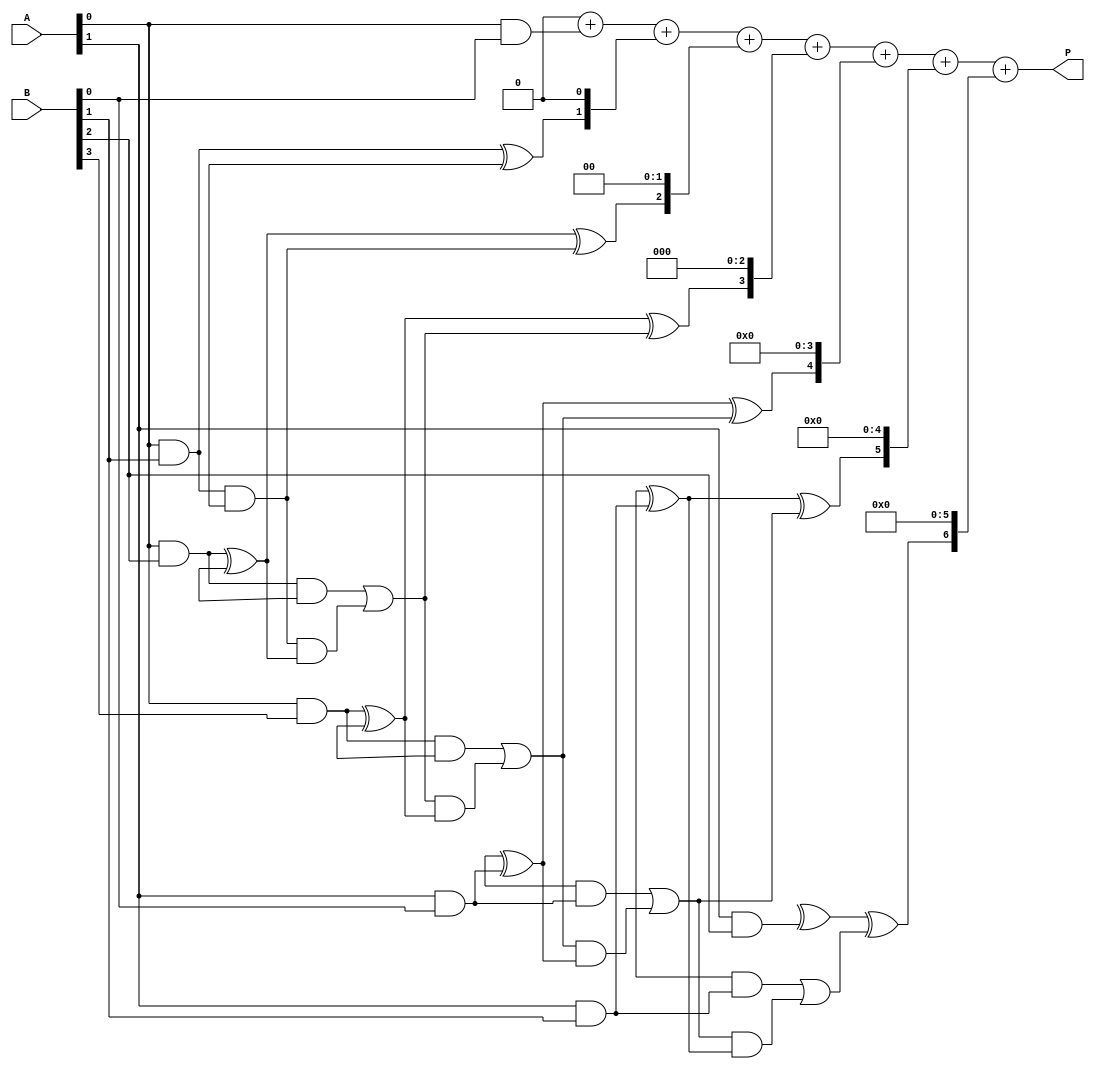
module async_wallace_tree_multiplier #(parameter A_WIDTH = 4, B_WIDTH = 4)(
    input [A_WIDTH-1:0] A,
    input [B_WIDTH-1:0] B,
    output reg [A_WIDTH + B_WIDTH - 1:0] P
);

    // Partial product generation
    wire [A_WIDTH * B_WIDTH - 1:0] partial_products [0:A_WIDTH-1];
    genvar i, j;
    generate
        for (i = 0; i < A_WIDTH; i = i + 1) begin: pp_gen
            for (j = 0; j < B_WIDTH; j = j + 1) begin: pp
                assign partial_products[i][j + (i * B_WIDTH)] = A[i] & B[j];
            end
        end
    endgenerate

    // Wallace Tree Reduction
    wire [A_WIDTH * B_WIDTH - 1:0] sum;
    wire [A_WIDTH * B_WIDTH - 1:0] carry;
    wire [A_WIDTH * B_WIDTH - 1:0] next_sum;
    wire [A_WIDTH * B_WIDTH - 1:0] next_carry;

    // Half Adder
    function [1:0] half_adder(input a, input b);
        half_adder = {a & b, a ^ b};
    endfunction

    // Full Adder
    function [2:0] full_adder(input a, input b, input cin);
        full_adder = {(a & b) | (cin & (a ^ b)), (a ^ b) ^ cin};
    endfunction

    // Wallace Tree Logic
    integer stage;
    always @* begin
        // Initialize sum and carry
        for (stage = 0; stage < A_WIDTH + B_WIDTH - 1; stage = stage + 1) begin
            if (stage == 0) begin
                sum[stage] = partial_products[0][stage];
                carry[stage] = 1'b0;
            end else begin
                // Combine partial products using half and full adders
                {next_carry[stage], next_sum[stage]} = full_adder(partial_products[0][stage], partial_products[1][stage], carry[stage-1]);
                sum[stage] = next_sum[stage];
                carry[stage] = next_carry[stage];
            end
        end
    end

    // Final summation stage
    always @* begin
        // Final product calculation
        P = 0;
        for (stage = 0; stage < A_WIDTH + B_WIDTH - 1; stage = stage + 1) begin
            P = P + (sum[stage] << stage);
        end
    end

endmodule